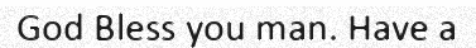
God Bless you man. Have a